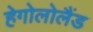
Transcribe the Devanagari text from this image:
हेगोलोलैंड